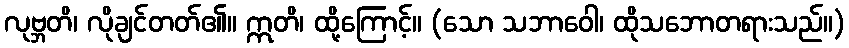
လုဗ္ဘတိ၊ လိုချင်တတ်၏။ ဣတိ၊ ထို့ကြောင့်။ (သော သဘာဝေါ၊ ထိုသဘောတရားသည်။)